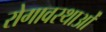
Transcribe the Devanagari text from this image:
रोगावस्थाओं